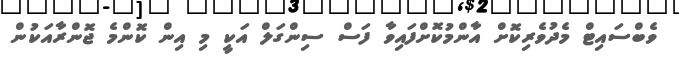
ވެބްސައިޓް މެދުވެރިކޮށް އާންމުކޮށްފައިވާ ފަސް ސިންގަލް އަކީ މި އިން ކޮންމެ ޖޮންރާއަކުން